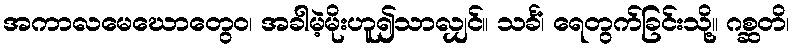
အကာလမေဃောတွေဝ၊ အခါမဲ့မိုးဟူ၍သာလျှင်။ သင်္ခံ၊ ရေတွက်ခြင်းသို့။ ဂစ္ဆတိ၊